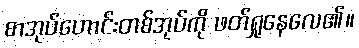
စာအုပ်ဟောင်းတစ်အုပ်ကို ဖတ်ရှုနေလေ၏။